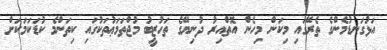
އަޅުގަނޑުމެންގެ ތެރޭގައި މިކަން މިހެން އޮތްއިރު ދުނިޔޭގެ ތަހުޒީބު މުޖްތަމަޢުތަކުގައި ކިތަންމެ ކުޑަކަމަކަށް